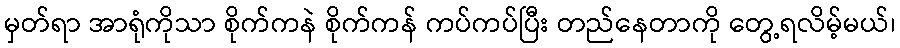
မှတ်ရာ အာရုံကိုသာ စိုက်ကနဲ စိုက်ကန် ကပ်ကပ်ပြီး တည်နေတာကို တွေ့ရလိမ့်မယ်၊